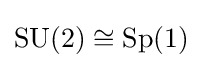
\operatorname {SU} (2)\cong \operatorname {Sp} (1)